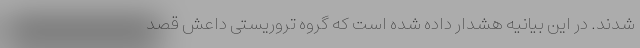
شدند. در این بیانیه هشدار داده شده است که گروه تروریستی داعش قصد